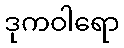
ဒုကဝါရော